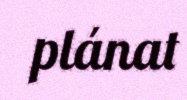
plánat